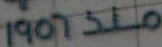
1907520